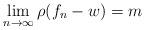
LaTeX: \begin{align*}\lim_{n\rightarrow \infty }\rho (f_{n}-w)=m \end{align*}